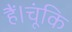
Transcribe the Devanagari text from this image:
हैं।चूंकि